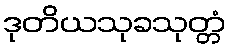
ဒုတိယသုခသုတ္တံ